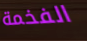
الفخمة